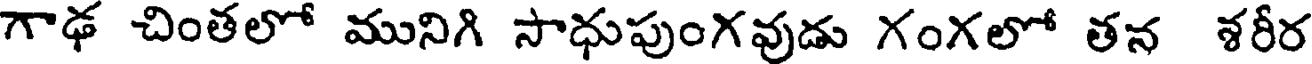
గాఢ చింతలో మునిగి సాధుపుంగవుడు గంగలో తన శరీర